Annual report of the Punjab Veterinary College and of the Civil Veterinary Department, Punjab - 1909-1919
Year: 1909
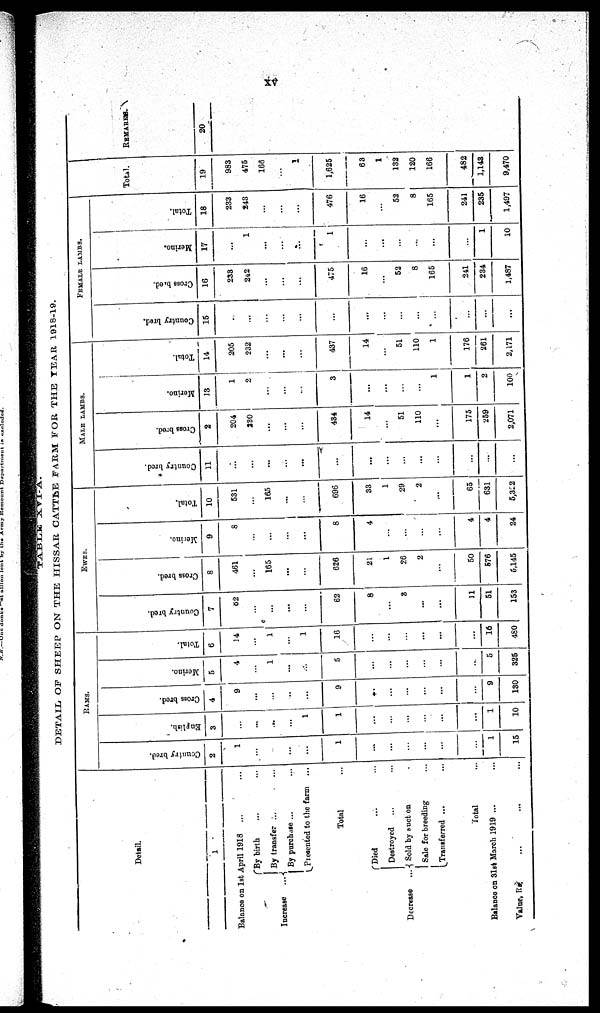
xv
TABLE
XVI-A.
DETAIL OF SHEEP ON THE HISSAR CATTLE FARM FOR THE YEAR 1918-19.
Detail.
1
Balance on 1st April 1918 ... ...
Increase
...
By birth ... ...
By transfer ... ...
By purchase ... ...
Presented to the farm ...
Total ...
Decreaae
...
Died ... ...
Destroyed ... ...
Sold by suct on ...
Sale for breeding ...
Transferred ... ...
Total ...
Balance on 31st March 1919 ...
Value, Rs. ... ... ...
RAMS.
Country bred.
2
1
...
...
...
1
...
...
...
...
...
...
1
15
English.
3
...
...
...
...
1
1
...
...
...
...
...
...
1
10
Cross bred.
4
9
...
...
...
...
9
...
...
...
...
...
...
9
130
Merino.
5
4
...
1
...
...
5
...
...
...
...
...
...
5
325
Total.
6
14
...
1
...
1
16
...
...
...
...
...
...
16
480
EWES.
Country bred.
7
82
...
...
...
...
62
8
...
3
...
...
11
51
153
Cross bred.
8
461
...
165
...
...
626
21
1
26
2
...
50
576
5,145
Merino.
9
8
...
...
...
...
8
4
...
...
...
...
4
4
24
Total.
10
531
...
165
...
...
696
33
1
29
2
...
65
631
5,322
MALE LAMBS.
Country bred.
11
...
...
...
...
...
...
...
...
...
...
...
...
...
...
Cross bred.
12
204
230
...
...
...
434
14
...
51
110
...
175
259
2,071
Morino.
13
1
2
...
...
...
3
...
...
...
...
1
1
2
100
Total.
14
205
232
...
...
...
437
14
...
51
110
1
176
261
2,171
FEMALE LAMBS.
Country bred.
15
...
...
...
...
...
...
...
...
...
...
...
...
...
...
Cross bred.
16
233
242
...
...
...
475
16
...
52
8
165
241
234
1,487
Merino.
17
...
1
...
...
...
1
...
...
...
...
...
...
1
10
Total.
18
233
243
...
...
...
476
16
...
52
8
165
241
235
1,497
Total.
19
983
475
166
...
1
1,625
63
1
132
120
166
482
1,143
9,470
REMARKS.
20